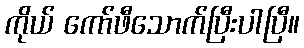
ကိုယ် ကော်ဖီသောက်ပြီးပါပြီ။